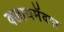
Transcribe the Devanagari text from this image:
क्लायमॅक्स